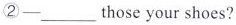
②___those your shoes?